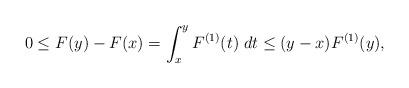
LaTeX: \begin{align*}0\leq F(y)-F(x)=\int_x^y F^{(1)}(t)\; dt \leq (y-x)F^{(1)}(y),\end{align*}